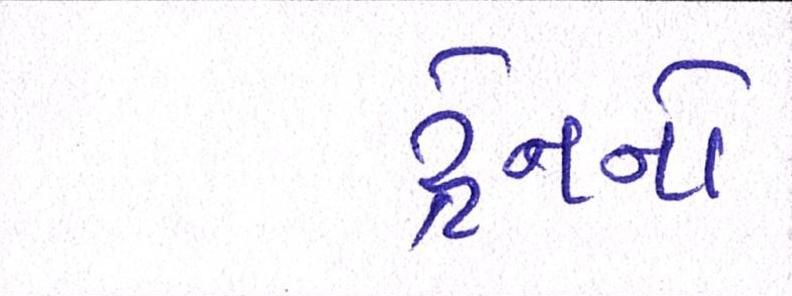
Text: ટ્રેનનો